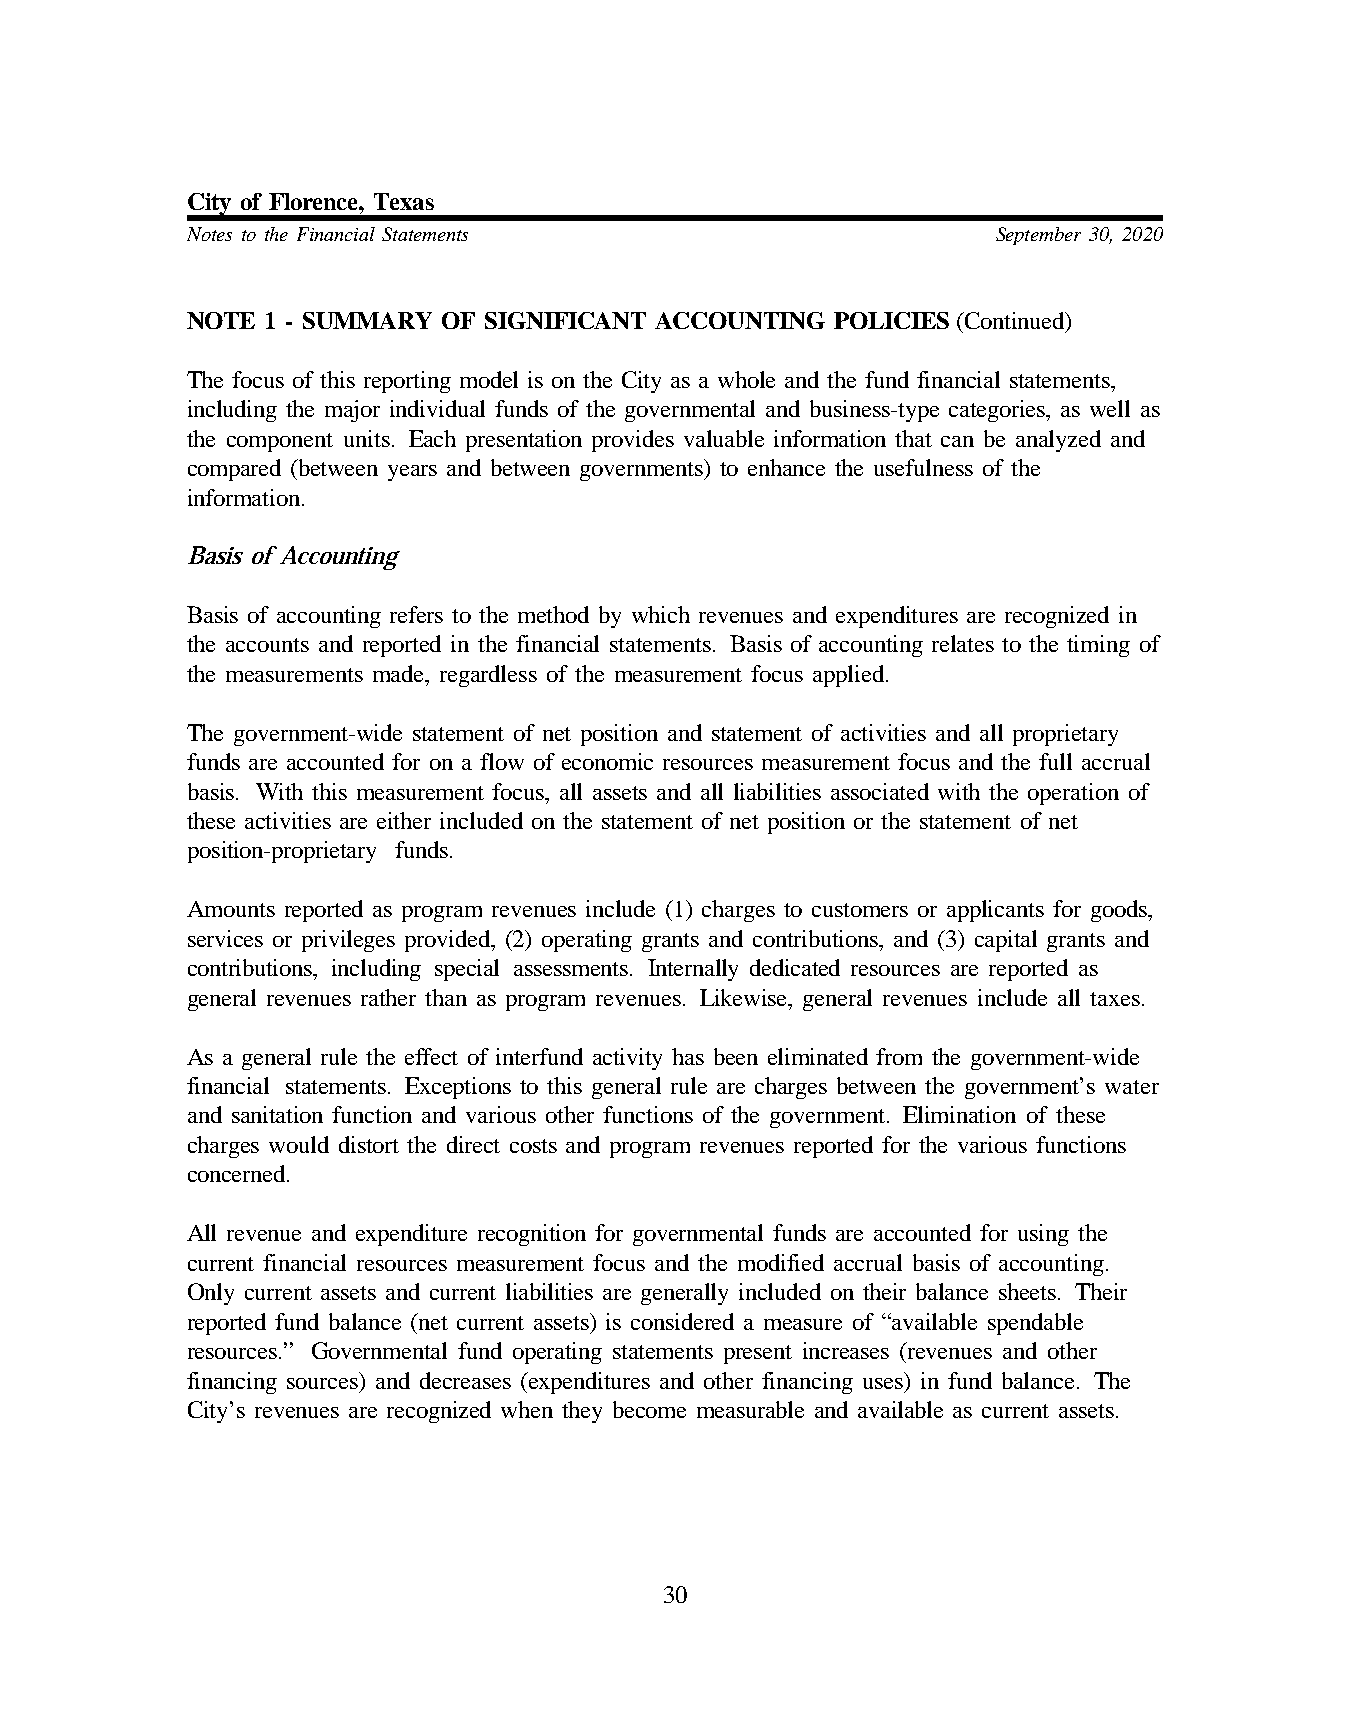
City of Florence, Texas
 Notes to the Financial Statements                     September 30, 2020
 NOTE  1 - SUMMARY OF SIGNIFICANT ACCOUNTING POLICIES (Continued)
 The focus of this reporting model is on the City as a whole and the fund financial statements,
 including the major individual funds of the governmental and business-type categories, as well as
 the component units. Each presentation provides valuable information that can be analyzed and
 compared (between years and between governments) to enhance the usefulness of the
 information.
 Basis of Accounting
 Basis of accounting refers to the method by which revenues and expenditures are recognized in
 the accounts and reported in the financial statements. Basis of accounting relates to the timing of
 the measurements made, regardless of the measurement focus applied.
 The government-wide statement of net position and statement of activities and all proprietary
 funds are accounted for on a flow of economic resources measurement focus and the full accrual
 basis. With this measurement focus, all assets and all liabilities associated with the operation of
 these activities are either included on the statement of net position or the statement of net
 position-proprietary funds.
 Amounts reported as program revenues include (1) charges to customers or applicants for goods,
 services or privileges provided, (2) operating grants and contributions, and (3) capital grants and
 contributions, including special assessments. Internally dedicated resources are reported as
 general revenues rather than as program revenues. Likewise, general revenues include all taxes.
 As a general rule the effect of interfund activity has been eliminated from the government-wide
 financial statements. E xceptions to this general rule are charges between the government’s water
 and sanitation function and various other functions of the government. Elimination of these
 charges would distort the direct costs and program revenues reported for the various functions
 concerned.
 All revenue and expenditure recognition for governmental funds are accounted for using the
 current financial resources measurement focus and the modified accrual basis of accounting.
 Only current assets and current liabilities are generally included on their balance sheets. Their
 reported fund balance (net current assets) is considered a measure of “available spendable
 resources.” Governmental fund operating statements present increases (revenues and other
 financing sources) and decreases (expenditures and other financing uses) in fund balance. The
 City’s revenues are recognized when they become measurable and available as current assets.
 30